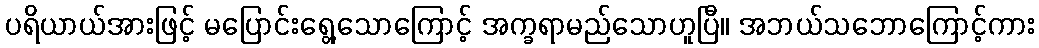
ပရိယာယ်အားဖြင့် မပြောင်းရွေ့သောကြောင့် အက္ခရာမည်သောဟူပြီ။ အဘယ်သဘောကြောင့်ကား